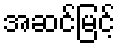
အဆင်မြင့်